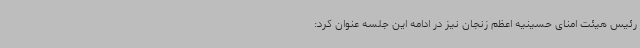
رئیس هیئت امنای حسینیه اعظم زنجان نیز در ادامه این جلسه عنوان کرد: